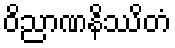
ဝိညာဏနိဿိတံ